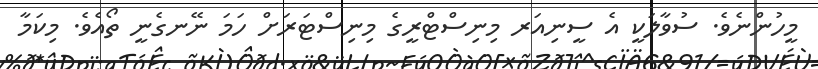
މީހުންނެވެ. ސުވާލަކީ އެ ސީނިއަރ މިނިސްޓްރީގެ މިނިސްޓަރަށް ހަމަ ނޭނގެނީ ތޯއެވެ. މިކަމާ